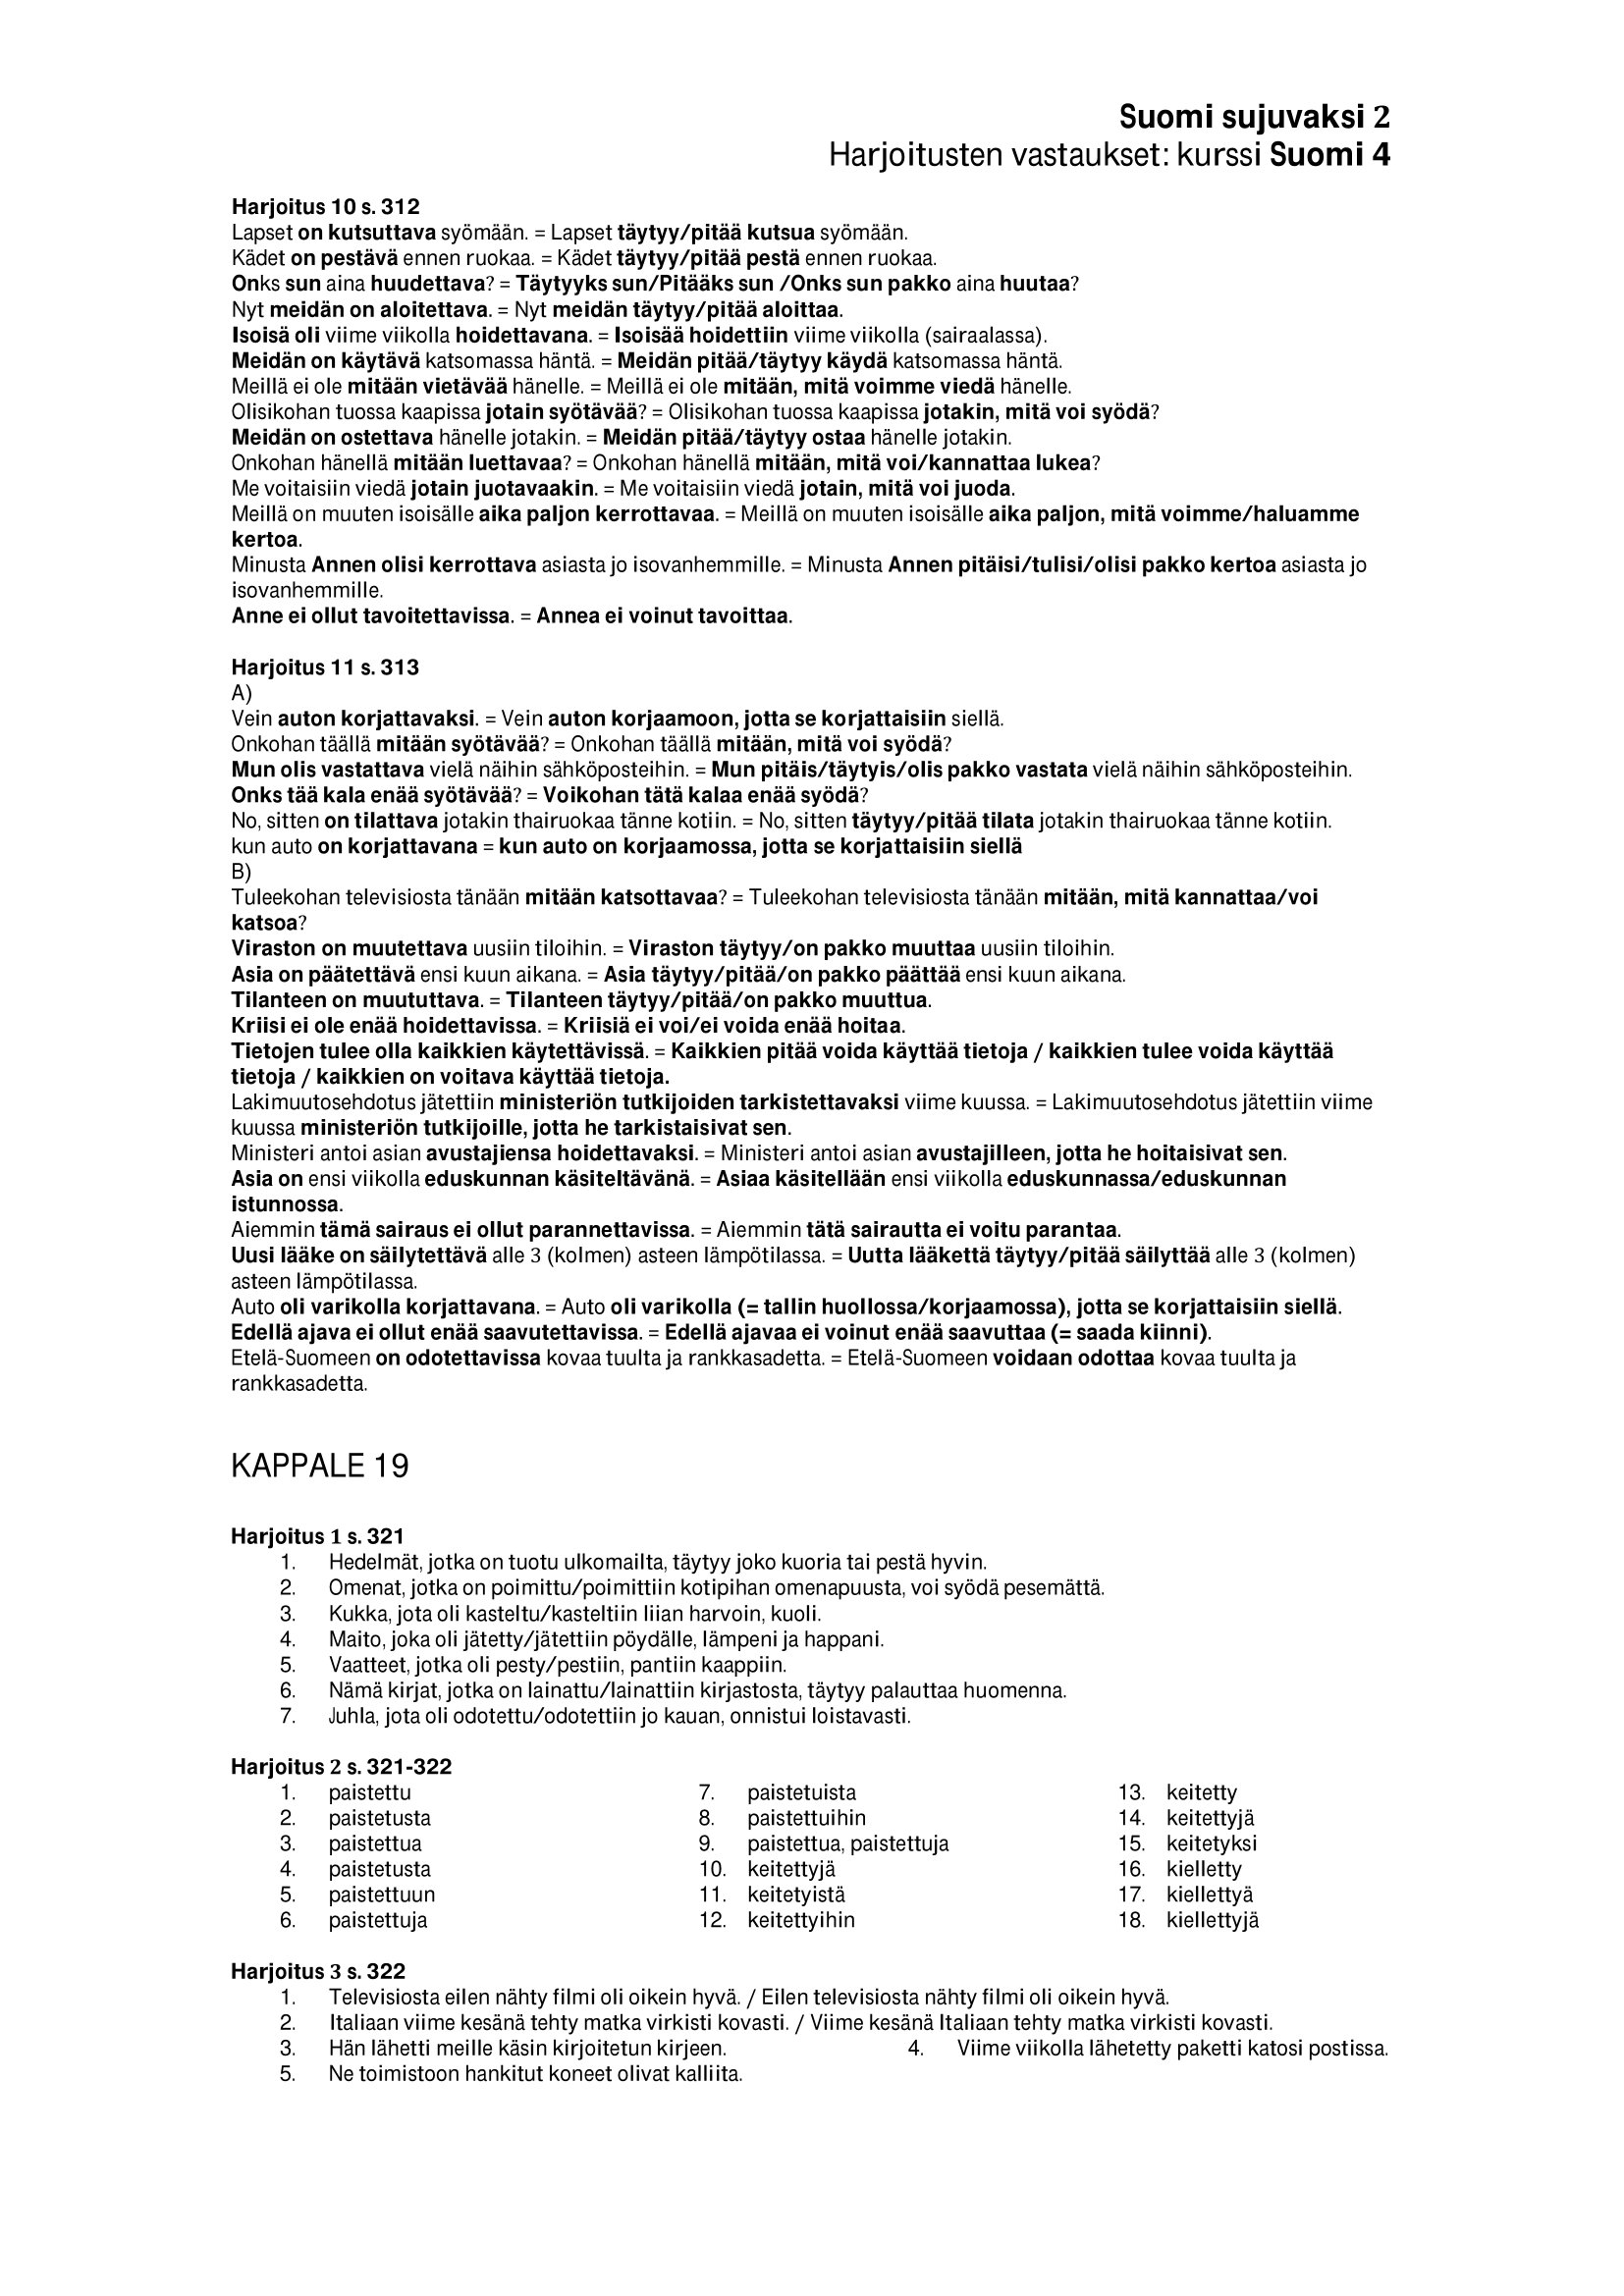
Language: fn